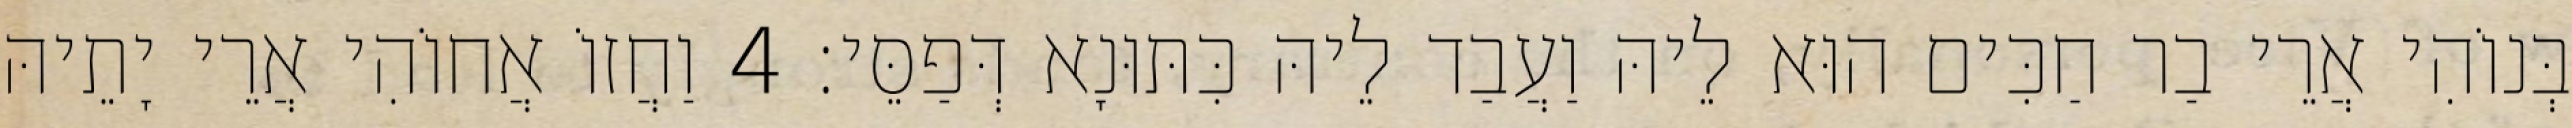
בְּנוֹהִי אֲרֵי בַר חַכִּים הוּא לֵיהּ וַעֲבַד לֵיהּ כִּתּוּנָא דְּפַסֵּי׃ 4 וַחֲזוֹ אֲחוֹהִי אֲרֵי יָתֵיהּ